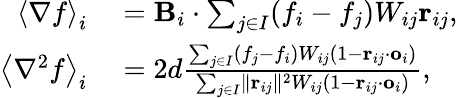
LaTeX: \begin{array}{rl}{\left<\nabla f\right>_{i}}&{{}=\mathbf{B}_{i}\cdot\sum_{j\in I}(f_{i}-f_{j})W_{ij}\mathbf{r}_{ij},}\\ {\left<\nabla^{2}f\right>_{i}}&{{}=2d\frac{\sum_{j\in I}(f_{j}-f_{i})W_{ij}\left(1-\mathbf{r}_{ij}\cdot\mathbf{o}_{i}\right)}{\sum_{j\in I}\lVert\mathbf{r}_{ij}\rVert^{2}W_{ij}\left(1-\mathbf{r}_{ij}\cdot\mathbf{o}_{i}\right)},}\end{array}